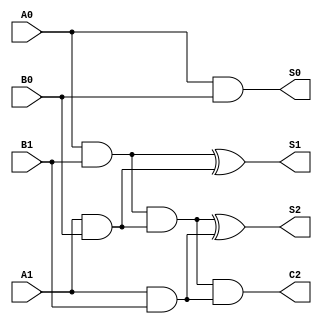
`timescale 1ns / 1ps
//////////////////////////////////////////////////////////////////////////////////
// Company: 
// Engineer: 
// 
// Design Name: 
// Module Name: two_bit
// Project Name: 
// Target Devices: 
// Tool Versions: 
// Description: 
// 
// Dependencies: 
// 
// Revision:
// Revision 0.01 - File Created
// Additional Comments:
// 
//////////////////////////////////////////////////////////////////////////////////


module two_bit(A0,A1,B0,B1,S0,S1,S2,C2);
    
       input A0,A1,B1,B0;
       output S0,S1,S2,C2;
       
       wire C1;
       
       assign S0 = A0&B0;
       assign S1 = (A0&B1)^(A1&B0);
       assign C1 = (A0&B1)&(A1&B0);
       assign S2 = C1^(A1&B1);
       assign C2 = C1&(A1&B1);
        

endmodule